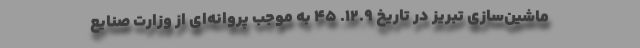
ماشین‌سازی تبریز در تاریخ ۱۲.۹. ۴۵ به موجب پروانه‌ای از وزارت صنایع